Malarial fevers
Disease focus: Malaria
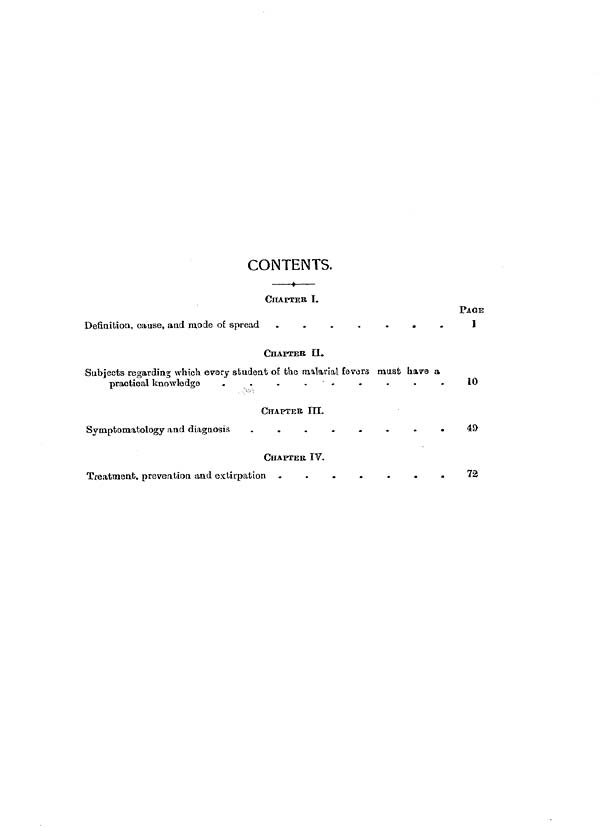
CONTENTS.
CHAPTER I.
Definition, cause, and mode of spread
.
.
.
.
.
.
.
CHAPTER II.
Subjects regarding which every student of the malarial fevers must have a
practical knowledge
.
.
.
.
.
.
.
.
.
CHAPTER III.
Symptomatology and diagnosis
.
.
.
.
.
.
.
.
CHAPTER IV.
Treatment, prevention and extirpation .
.
.
.
.
.
.
PAGE
1
10
49
72